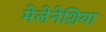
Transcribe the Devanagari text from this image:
मेलेनेशिया